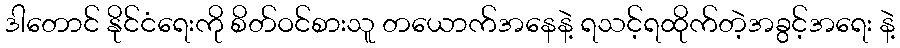
ဒါတောင် နိုင်ငံရေးကို စိတ်ဝင်စားသူ တယောက်အနေနဲ့ ရသင့်ရထိုက်တဲ့အခွင့်အရေး နဲ့